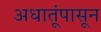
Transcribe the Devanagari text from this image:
अधातूंपासून